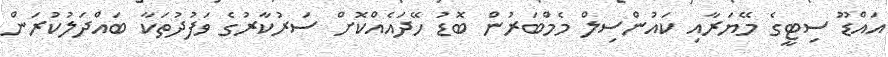
އައްޑޫ ސިޓީގެ މޭޔަރާއި ކައުންސިލް މެމްބަރުން ބޮޑު ހޭދައެއްކޮށް ސަރުކާރުގެ ވަފުދުތަކާ ބައްދަލުކުރަން